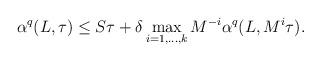
LaTeX: \begin{align*} \alpha^q(L,\tau)\leq S\tau + \delta \max_{i=1, \dots, k}M^{-i}\alpha^q(L,M^{i}\tau).\end{align*}